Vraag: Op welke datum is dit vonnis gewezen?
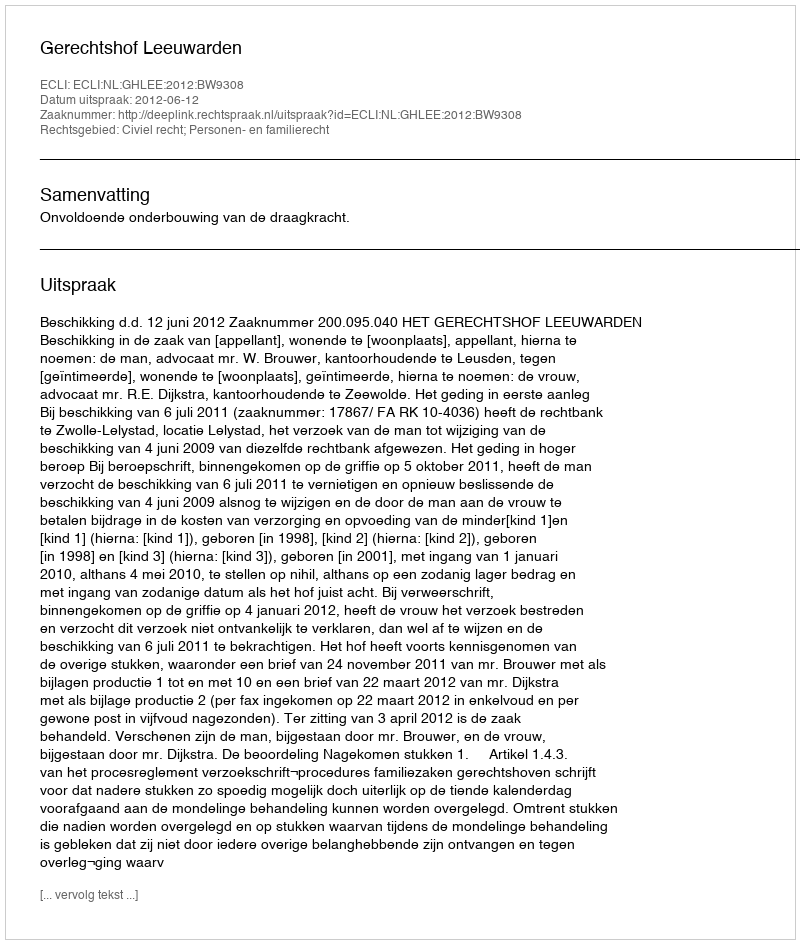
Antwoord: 2012-06-12